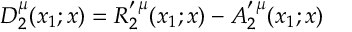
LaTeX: D _ { 2 } ^ { \mu } ( x _ { 1 } ; x ) = R _ { 2 } ^ { \prime \, \mu } ( x _ { 1 } ; x ) - A _ { 2 } ^ { \prime \, \mu } ( x _ { 1 } ; x )